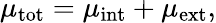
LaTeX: \mu_{\mathrm{tot}}=\mu_{\mathrm{int}}+\mu_{\mathrm{ext}},